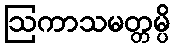
ဩကာသမတ္တမ္ပိ